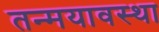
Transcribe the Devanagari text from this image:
तन्मयावस्था